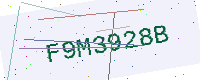
Text: F9M3928B